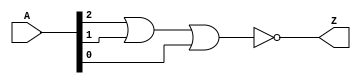
module nor_3in_v (
  input [2:0] A,
  output Z
  );

  nor(Z, A[2], A[1], A[0]);

endmodule //nor_3in_v